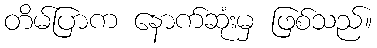
တိမ်ပြာက နောက်ဆုံးမှ ဖြစ်သည်။